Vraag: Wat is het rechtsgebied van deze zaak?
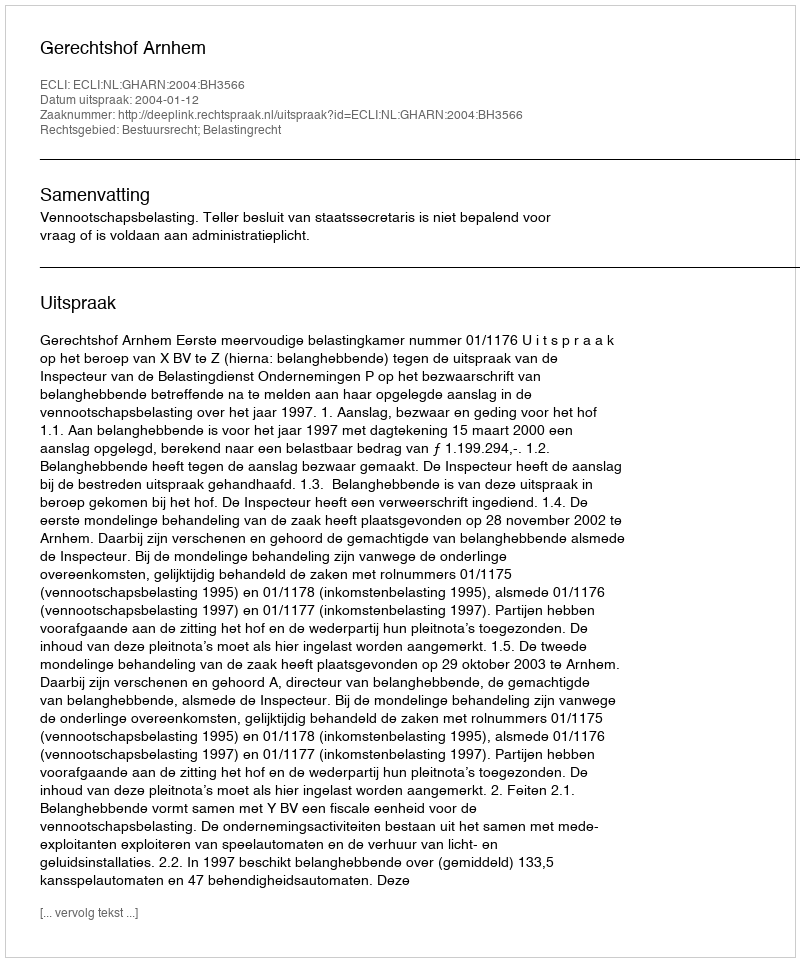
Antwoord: Bestuursrecht; Belastingrecht